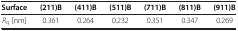
| Surface | (211)B | (411)B | (511)B | (711)B | (811)B | (911)B |
 | --- | --- | --- | --- | --- | --- | --- |
 | Rq [nm] | 0.361 | 0.264 | 0.232 | 0.351 | 0.347 | 0.269 |